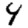
Digit: 4